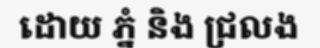
ដោយ ភ្នំ និង ជ្រលង